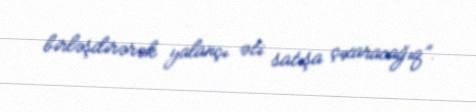
birləşdirərək yalançı əti satışa çıxaracağıq”.